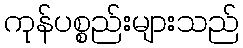
ကုန်ပစ္စည်းများသည်